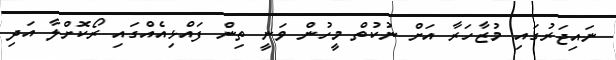
ނައިޖަރުގައި މުޒާހަރާ އަށް ނުކުތް މީހުން ވަނީ ތިން ފައްޅިއެއްގައި ރޯކޮށްލާ އަދި